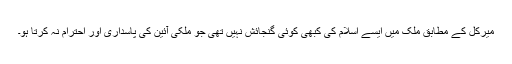
میرکل کے مطابق ملک میں ایسے اسلام کی کبھی کوئی گنجائش نہیں تھی جو ملکی آئین کی پاسداری اور احترام نہ کرتا ہو۔